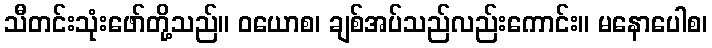
သီတင်းသုံးဖော်တို့သည်။ ဝယောစ၊ ချစ်အပ်သည်လည်းကောင်း။ မနောပေါစ၊